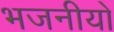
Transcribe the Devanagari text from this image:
भजनीयो